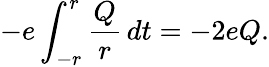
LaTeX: -e\int_{-r}^{r}\frac{Q}{r}\, dt=-2eQ.